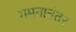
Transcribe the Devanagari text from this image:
गमनानंतर